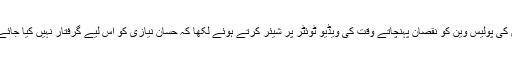
ایک سوشل میڈیا صارف نے حسان نیازی کی پولیس وین کو نقصان پہنچاتے وقت کی ویڈیو ٹوئٹر پر شیئر کرتے ہوئے لکھا کہ حسان نیازی کو اس لیے گرفتار نہیں کیا جائے گا کیونکہ اُن کے ماموں وزیراعظم ہیں۔